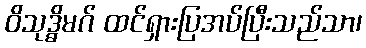
ဝိသုဒ္ဓိမဂ် ထင်ရှားပြအပ်ပြီးသည်သာ၊